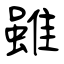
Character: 雖